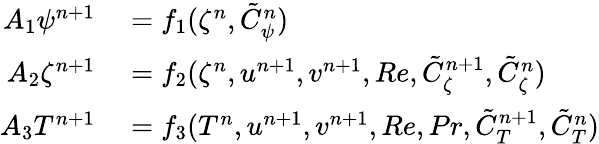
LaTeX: \begin{array}{rl}{A_{1}\psi^{n+1}}&{{}=f_{1}(\zeta^{n},\tilde{C}_{\psi}^{n})}\\ {A_{2}\zeta^{n+1}}&{{}=f_{2}(\zeta^{n},u^{n+1},v^{n+1},Re,\tilde{C}_{\zeta}^{n+1},\tilde{C}_{\zeta}^{n})}\\ {A_{3}T^{n+1}}&{{}=f_{3}(T^{n},u^{n+1},v^{n+1},Re,Pr,\tilde{C}_{T}^{n+1},\tilde{C}_{T}^{n})}\end{array}